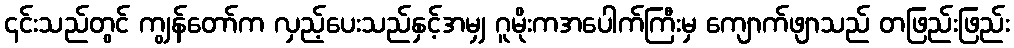
၄င်းသည်တွင် ကျွန်တော်က လှည့်ပေးသည်နှင့်အမျှ ဂူမိုးကအပေါက်ကြီးမှ ကျောက်ဖျာသည် တဖြည်းဖြည်း